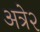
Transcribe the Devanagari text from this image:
अत्रे२